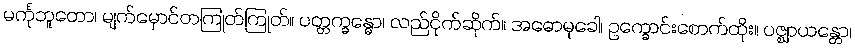
မင်္ကုဘူတော၊ မျက်မှောင်တကြုတ်ကြုတ်။ ပတ္တက္ခန္ဓော၊ လည်ငိုက်ဆိုက်။ အဓောမုခေါ၊ ဥက္ခောင်းစောက်ထိုး။ ပဇ္ဈာယန္တော၊